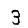
Digit: 3